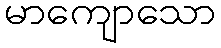
မာကျောသော